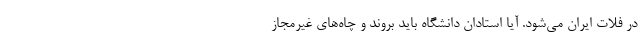
در فلات ایران می‌شود. آیا استادان دانشگاه باید بروند و چاه‌های غیرمجاز